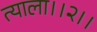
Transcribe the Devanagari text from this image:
त्याला।।२।।